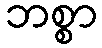
ဘစ္စာ